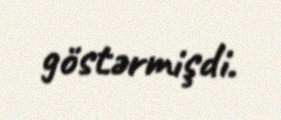
göstərmişdi.